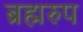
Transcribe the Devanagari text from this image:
ब्रह्मरुप